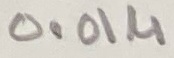
Text: 0.01µ